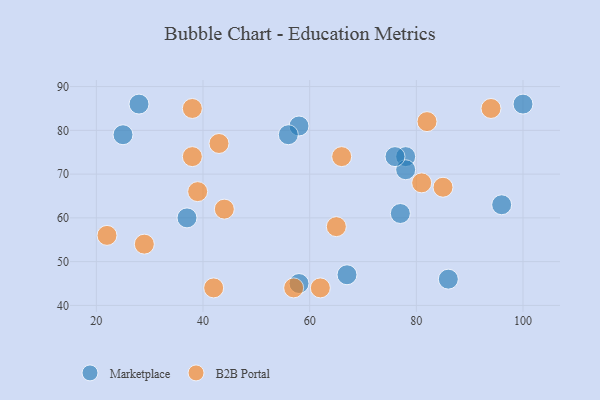
{"axis": {"x": "GDP", "y": "Life Expectancy"}, "legend": ["B2B Portal", "Marketplace"], "data": [{"x": "25", "y": 79, "type": "Marketplace"}, {"x": "28", "y": 86, "type": "Marketplace"}, {"x": "77", "y": 61, "type": "Marketplace"}, {"x": "78", "y": 74, "type": "Marketplace"}, {"x": "58", "y": 81, "type": "Marketplace"}, {"x": "78", "y": 71, "type": "Marketplace"}, {"x": "76", "y": 74, "type": "Marketplace"}, {"x": "58", "y": 45, "type": "Marketplace"}, {"x": "100", "y": 86, "type": "Marketplace"}, {"x": "67", "y": 47, "type": "Marketplace"}, {"x": "86", "y": 46, "type": "Marketplace"}, {"x": "56", "y": 79, "type": "Marketplace"}, {"x": "37", "y": 60, "type": "Marketplace"}, {"x": "96", "y": 63, "type": "Marketplace"}, {"x": "39", "y": 66, "type": "B2B Portal"}, {"x": "38", "y": 85, "type": "B2B Portal"}, {"x": "43", "y": 77, "type": "B2B Portal"}, {"x": "81", "y": 68, "type": "B2B Portal"}, {"x": "42", "y": 44, "type": "B2B Portal"}, {"x": "94", "y": 85, "type": "B2B Portal"}, {"x": "44", "y": 62, "type": "B2B Portal"}, {"x": "22", "y": 56, "type": "B2B Portal"}, {"x": "38", "y": 74, "type": "B2B Portal"}, {"x": "82", "y": 82, "type": "B2B Portal"}, {"x": "65", "y": 58, "type": "B2B Portal"}, {"x": "66", "y": 74, "type": "B2B Portal"}, {"x": "62", "y": 44, "type": "B2B Portal"}, {"x": "29", "y": 54, "type": "B2B Portal"}, {"x": "85", "y": 67, "type": "B2B Portal"}, {"x": "57", "y": 44, "type": "B2B Portal"}]}